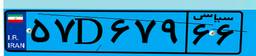
۵۱D۴۰۶۱۱